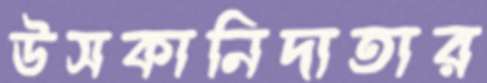
উসকানিদাতার